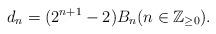
LaTeX: \begin{align*}d_{n} = (2^{n+1}-2)B_{n}(n\in \mathbb{Z}_{\geq 0}). \end{align*}